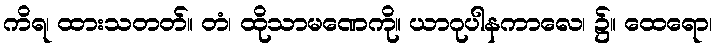
ကိရ၊ ထားသတတ်။ တံ၊ ထိုသာမဏေကို။ ယာဂုပါနကာလေ၊ ၌။ ထေရော၊